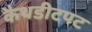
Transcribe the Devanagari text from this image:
कैथडीटपट